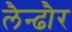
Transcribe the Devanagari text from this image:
लैन्ढौर